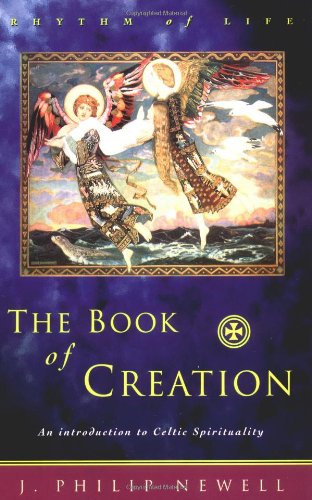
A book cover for The Book of Creation: An Introduction to Celtic Spirituality; J. Philip Newell; Religion & Spirituality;